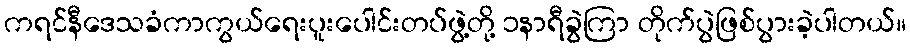
ကရင်နီဒေသခံကာကွယ်ရေးပူးပေါင်းတပ်ဖွဲ့တို့ ၁နာရီခွဲကြာ တိုက်ပွဲဖြစ်ပွားခဲ့ပါတယ်။